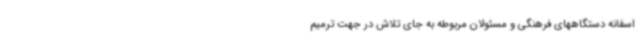
اسفانه دستگاههای فرهنگی و مسئولان مربوطه به جای تلاش در جهت ترمیم